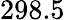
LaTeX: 298.5